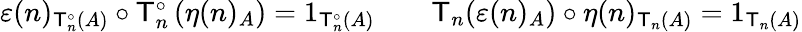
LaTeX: \begin{array}{rlr}{\varepsilon(n)_{\mathsf{T}_{n}^{\circ}(A)}\circ\mathsf{T}_{n}^{\circ}\left(\eta(n)_{A}\right)=1_{\mathsf{T}_{n}^{\circ}(A)}}&{}&{\mathsf{T}_{n}(\varepsilon(n)_{A})\circ\eta(n)_{\mathsf{T}_{n}(A)}=1_{\mathsf{T}_{n}(A)}}\end{array}